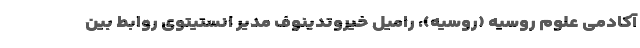
آکادمی علوم روسیه (روسیه)، رامیل خیروتدینوف مدیر انستیتوی روابط بین